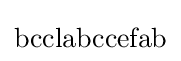
{\text{bcclabccefab}}